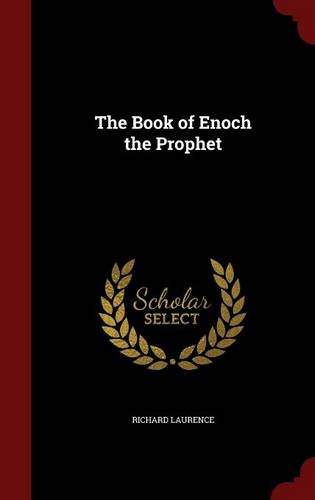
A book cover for The Book of Enoch the Prophet; Richard Laurence; Christian Books & Bibles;